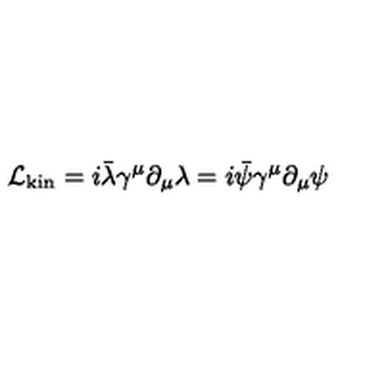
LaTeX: \mathcal { L } _ { \mathrm { k i n } } = i \bar { \lambda } \gamma ^ { \mu } \partial _ { \mu } \lambda = i \bar { \psi } \gamma ^ { \mu } \partial _ { \mu } \psi